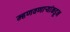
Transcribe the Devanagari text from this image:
म्हणवणाऱ्यांकडून